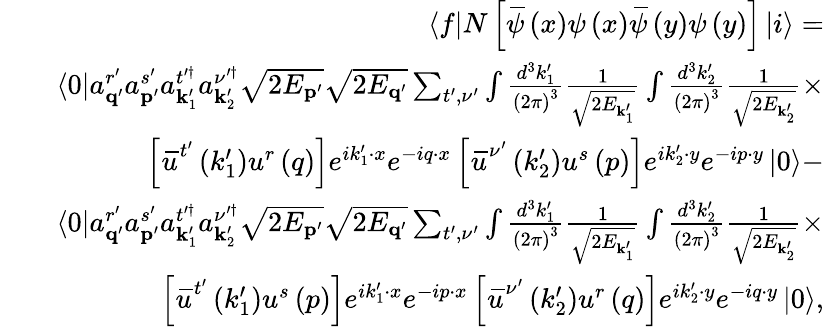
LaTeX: \begin{array}{rlr}&{}&{\left\langle f\right\vert N\left[\, \overline{{\! {\psi}}}\left(x\right)\psi\left(x\right)\, \overline{{\! {\psi}}}\left(y\right)\psi\left(y\right)\right]\left\vert i\right\rangle=}\\ &{}&{\left\langle 0\right\vert a_{\mathbf{q}^{\prime}}^{r^{\prime}}a_{\mathbf{p}^{\prime}}^{s^{\prime}}a_{\mathbf{k}_{1}^{\prime}}^{t^{\prime\dagger}}a_{\mathbf{k}_{2}^{\prime}}^{\nu^{\prime\dagger}}\sqrt{2E_{\mathbf{p}^{\prime}}}\sqrt{2E_{\mathbf{q}^{\prime}}}\sum_{t^{\prime},\nu^{\prime}}\int\frac{d^{3}k_{1}^{\prime}}{\left(2\pi\right)^{3}}\frac{1}{\sqrt{2E_{\mathbf{k}_{1}^{\prime}}}}\int\frac{d^{3}k_{2}^{\prime}}{\left(2\pi\right)^{3}}\frac{1}{\sqrt{2E_{\mathbf{k}_{2}^{\prime}}}}\times}\\ &{}&{\left[\, \overline{{\! {u}}}^{t^{\prime}}\left(k_{1}^{\prime}\right)u^{r}\left(q\right)\right]e^{ik_{1}^{\prime}\cdot x}e^{-iq\cdot x}\left[\, \overline{{\! {u}}}^{\nu^{\prime}}\left(k_{2}^{\prime}\right)u^{s}\left(p\right)\right]e^{ik_{2}^{\prime}\cdot y}e^{-ip\cdot y}\left\vert 0\right\rangle-}\\ &{}&{\left\langle 0\right\vert a_{\mathbf{q}^{\prime}}^{r^{\prime}}a_{\mathbf{p}^{\prime}}^{s^{\prime}}a_{\mathbf{k}_{1}^{\prime}}^{t^{\prime\dagger}}a_{\mathbf{k}_{2}^{\prime}}^{\nu^{\prime\dagger}}\sqrt{2E_{\mathbf{p}^{\prime}}}\sqrt{2E_{\mathbf{q}^{\prime}}}\sum_{t^{\prime},\nu^{\prime}}\int\frac{d^{3}k_{1}^{\prime}}{\left(2\pi\right)^{3}}\frac{1}{\sqrt{2E_{\mathbf{k}_{1}^{\prime}}}}\int\frac{d^{3}k_{2}^{\prime}}{\left(2\pi\right)^{3}}\frac{1}{\sqrt{2E_{\mathbf{k}_{2}^{\prime}}}}\times}\\ &{}&{\left[\, \overline{{\! {u}}}^{t^{\prime}}\left(k_{1}^{\prime}\right)u^{s}\left(p\right)\right]e^{ik_{1}^{\prime}\cdot x}e^{-ip\cdot x}\left[\, \overline{{\! {u}}}^{\nu^{\prime}}\left(k_{2}^{\prime}\right)u^{r}\left(q\right)\right]e^{ik_{2}^{\prime}\cdot y}e^{-iq\cdot y}\left\vert 0\right\rangle,}\end{array}